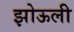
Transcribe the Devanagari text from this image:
झोऊली